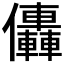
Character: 𠑭